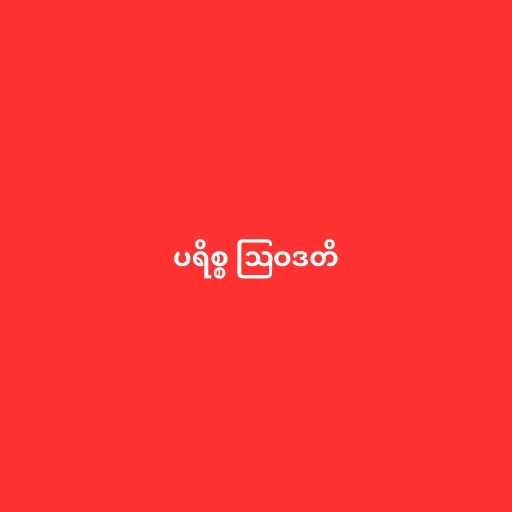
ပရိစ္စ ဩဝဒတိ